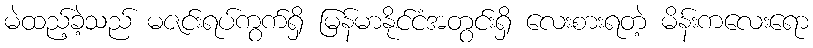
မဲထည့်ခဲ့သည် မဇင်းရပ်ကွက်ရှိ မြန်မာနိုင်ငံအတွင်းရှိ လေးစားရတဲ့ မိန်းကလေးရော